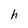
Character: h